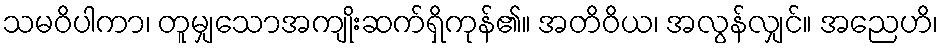
သမဝိပါကာ၊ တူမျှသောအကျိုးဆက်ရှိကုန်၏။ အတိဝိယ၊ အလွန်လျှင်။ အညေဟိ၊